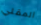
المقلي